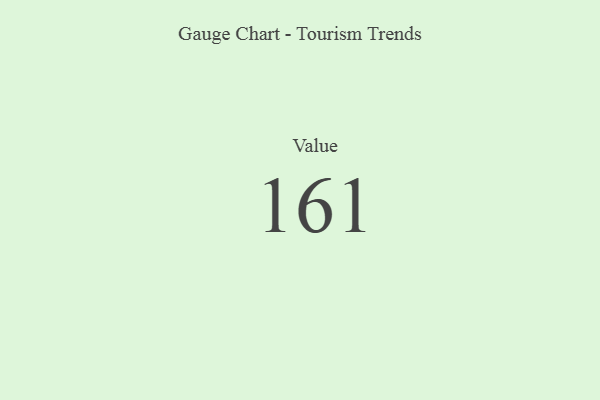
{"axis": {"x": "Metric", "y": "Value"}, "legend": [""], "data": [{"x": "Value", "y": 161, "type": ""}]}